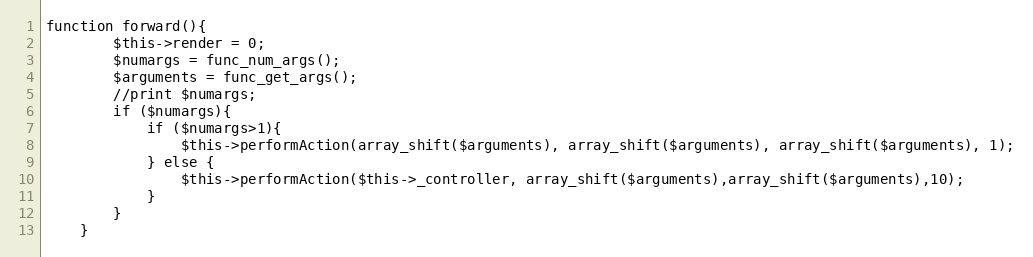
Language: PHP
function forward(){
		$this->render = 0;
	    $numargs = func_num_args();
		$arguments = func_get_args();
		//print $numargs;
		if ($numargs){
			if ($numargs>1){
				$this->performAction(array_shift($arguments), array_shift($arguments), array_shift($arguments), 1);
			} else {
				$this->performAction($this->_controller, array_shift($arguments),array_shift($arguments),10);
			}
		}
	}